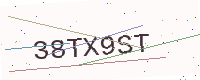
Text: 38TX9ST